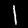
Digit: 1